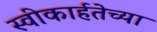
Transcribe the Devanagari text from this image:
स्वीकार्हतेच्या